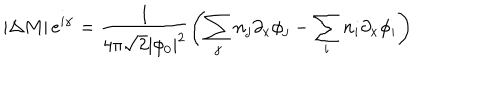
\left| \Delta M \right| e ^ { i \alpha } = \frac { 1 } { 4 \pi \sqrt { 2 } \left| \phi _ { 0 } \right| ^ { 2 } } \left( \sum _ { j } n _ { j } \partial _ { x } \phi _ { j } - \sum _ { i } n _ { i } \partial _ { x } \phi _ { i } \right)